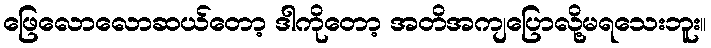
ဖြေလောလောဆယ်တော့ ဒါကိုတော့ အတိအကျပြောလို့မရသေးဘူး။